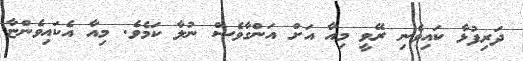
ދަރިފުޅާ ކައިވެނި ރޭވީ މިއާ އަށް އަންގާވެސް ނުލާ ކަމެވެ. މިއާ އެކައިވެންޏާ